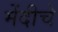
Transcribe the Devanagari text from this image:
मेंदीचे